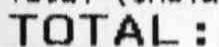
TOTAL: